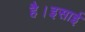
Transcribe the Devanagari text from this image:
है।इसाई